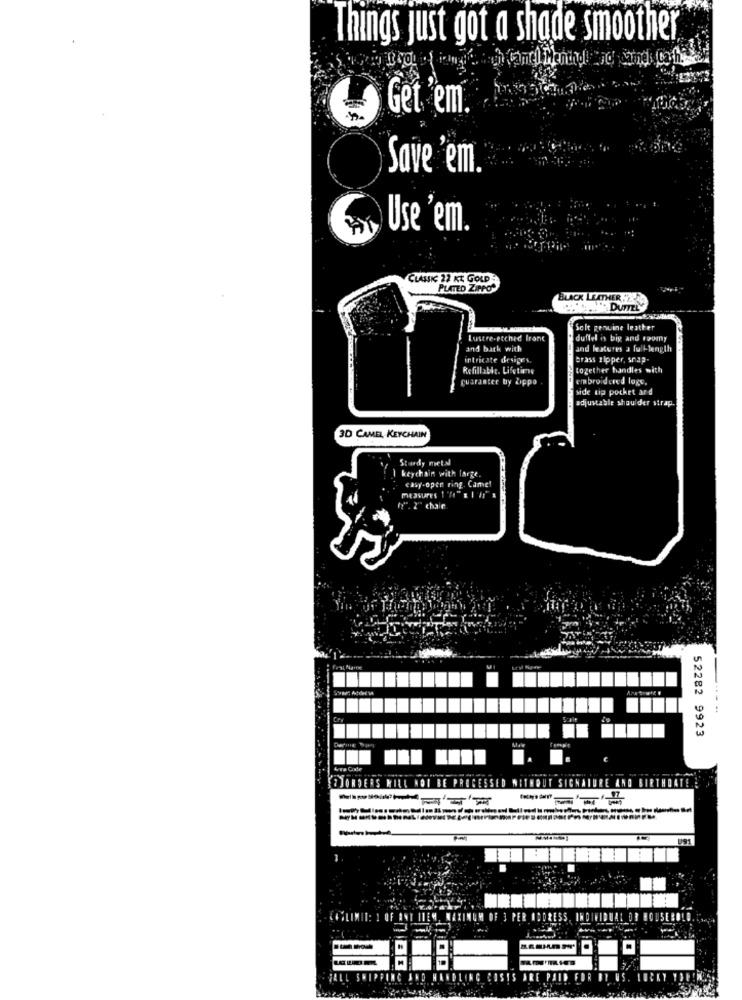
Things just got a shade smoother
Get 'em.
Save 'em.
Use 'em.
CLANSK 22 KT GOLD
PLATED ZIPPO
BLACK LEATHER 2:
.. "DUFFEL
Seit genuine leather
Lustre-etched Iront
duffel is big and 12omy
and bath with
and features a full-length
intricate desiges.
brass zipper, snap-
Refillable. Lifetime
together handles with
guarantee by Zippo
embroidered loge,
side up pochet ard
adjustable shoulder strap.
3D CAMEL KEYCHAIN
Stardy metal
keychain with large.
casy-open ring. Camel
1. 2 chair
52282 9923
female
E PROCESSED WITHOUT SICHATURE AND
OJORDERS WILL NOT B
-----
U91
FALL SHIPPING